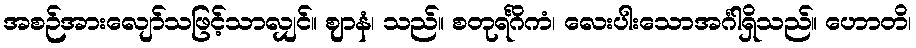
အစဉ်အားလျော်သဖြင့်သာလျှင်။ ဈာနံ၊ သည်။ စတုရင်္ဂိကံ၊ လေးပါးသောအင်္ဂါရှိသည်။ ဟောတိ၊